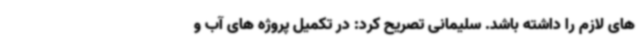
های لازم را داشته باشد. سلیمانی تصریح کرد: در تکمیل پروژه های آب و